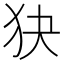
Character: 㹟